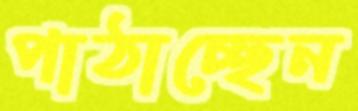
পাঠাচ্ছেন